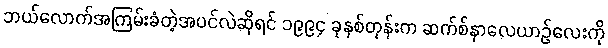
ဘယ်လောက်အကြမ်းခံတဲ့အပင်လဲဆိုရင် ၁၉၉၄ ခုနစ်တုန်းက ဆက်စ်နာလေယာဉ်လေးကို